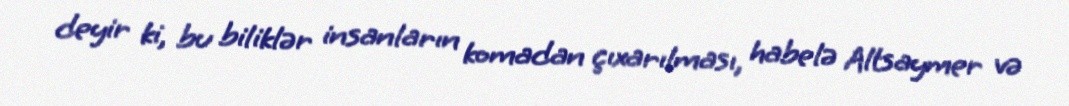
deyir ki, bu biliklər insanların komadan çıxarılması, habelə Altsaymer və